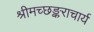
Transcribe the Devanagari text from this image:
श्रीमच्छङ्कराचार्य